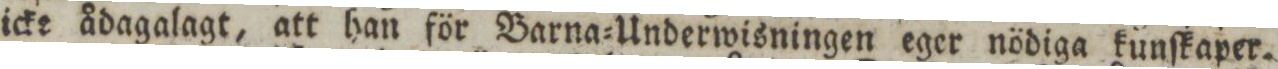
icke ådagalagt, att han för Barna=Underwisningen eger nödiga kunſkaper.